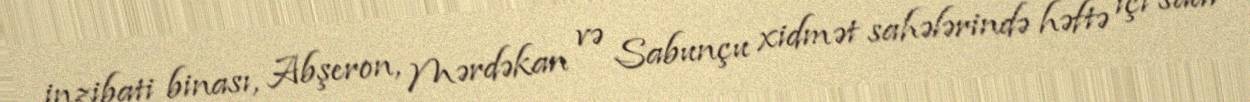
inzibati binası, Abşeron, Mərdəkan və Sabunçu xidmət sahələrində həftə içi saat